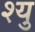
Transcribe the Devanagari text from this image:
श्यु